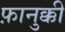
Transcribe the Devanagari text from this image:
फ़ानुक्की